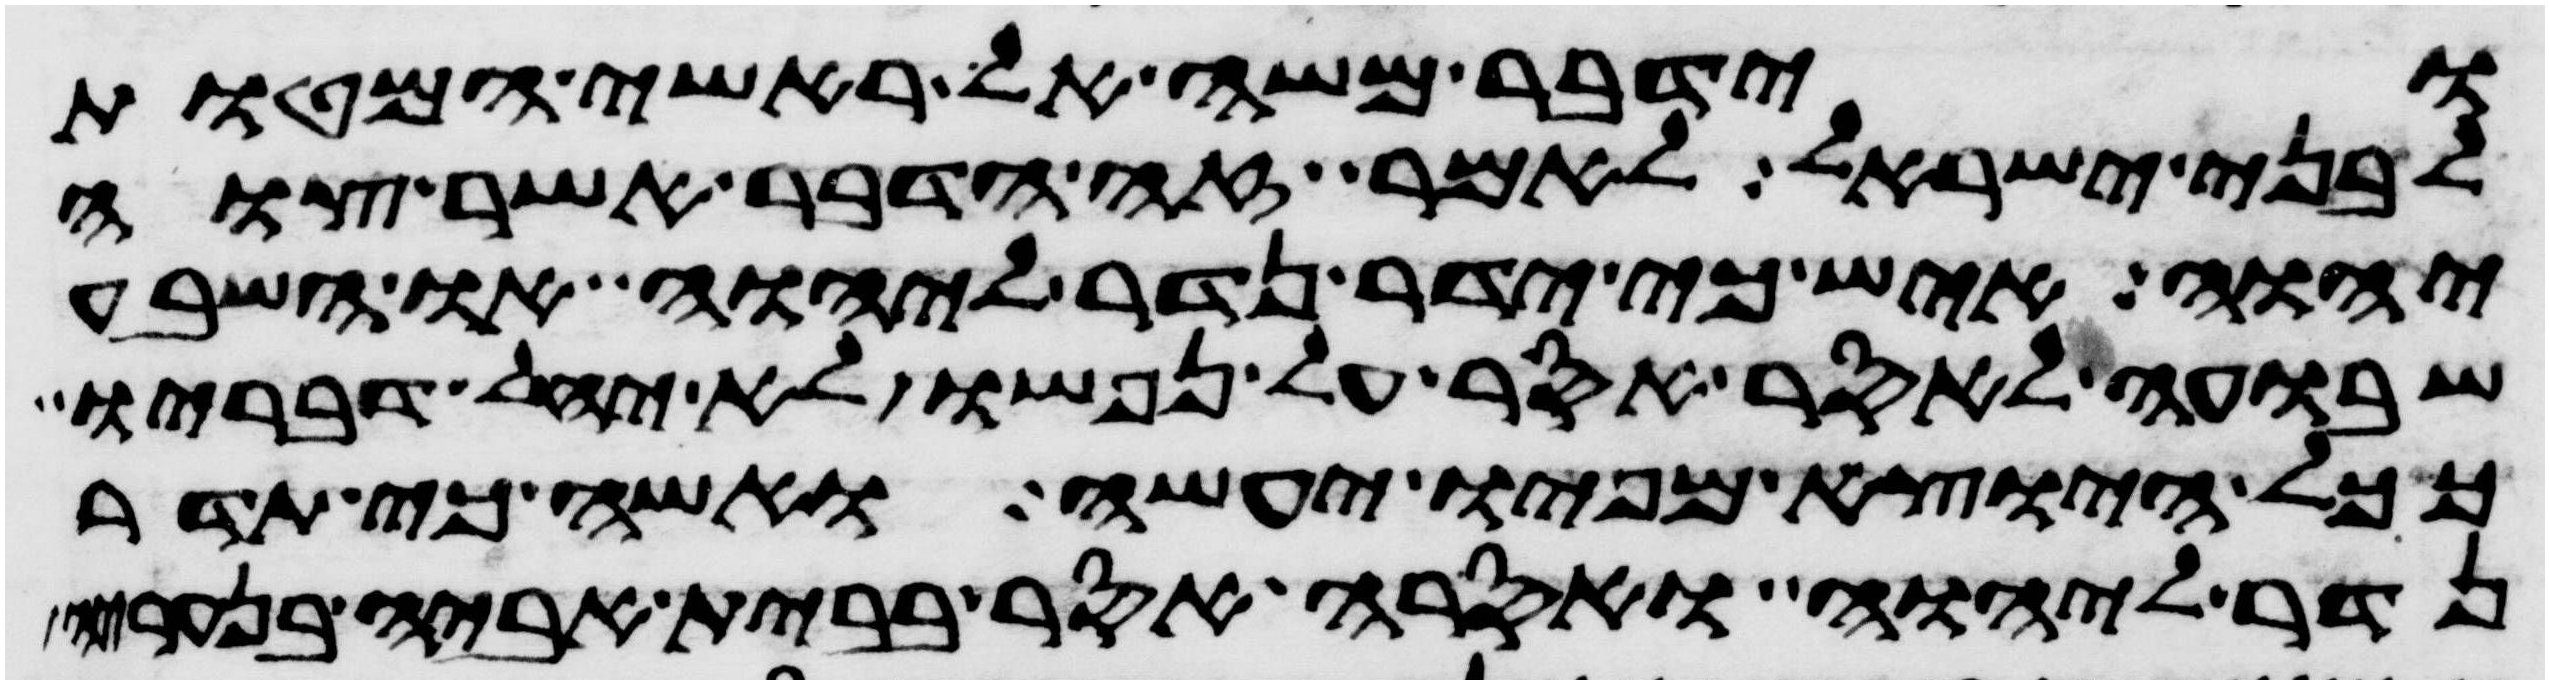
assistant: וידבר משה אל ראשי המטות
לבני ישראל לאמר זה הדבר אשר צוה
יהוה איש כי ידר נדר ליהוה או השבע
שבועה לאסר אסר על נפשו לא יחל דבריו
ככל היוצא מפיו יעשה ואשה כי תדר
נדר ליהוה ואסרה אסר בבית אביה בנעריה